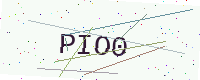
Text: PIO0